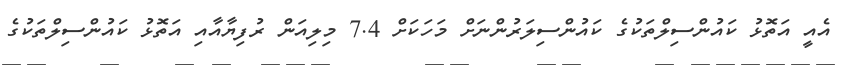
އެއީ އަތޮޅު ކައުންސިލްތަކުގެ ކައުންސިލަރުންނަށް މަހަކަށް 7.4 މިލިއަން ރުފިޔާއާއި އަތޮޅު ކައުންސިލްތަކުގެ